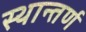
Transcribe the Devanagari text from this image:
स्थान्तर्ण